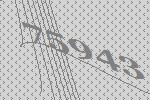
75943